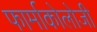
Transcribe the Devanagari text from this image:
फार्माकोलोजी